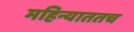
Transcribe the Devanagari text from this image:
महिन्याततच